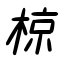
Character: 椋